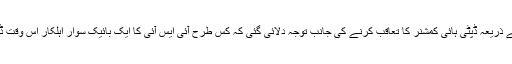
نوٹ میں9 مارچ کے اس وعاقعہ کا ذکر کیا گیا جس میں پاکستانی سیکیورٹی ایجنسی کے اہلکاروں کے ذریعہ ڈپٹی ہائی کمشنر کا تعاقب کرنے کی جانب توجہ دلائی گئی کہ کس طرح آئی ایس آئی کا ایک بائیک سوار اہلکار اس وقت ڈپٹی ہائی کمشنر کا ایک بار پھر تعاقب کر تا دیکھا گیا جب وہ اپنی رہائش گاہ سے بازار جارہے تھے۔